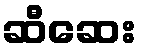
ဆီဆေး